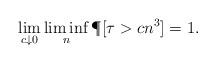
LaTeX: \begin{align*}\lim_{c \downarrow 0} \liminf_n \P[\tau >cn^3] = 1.\end{align*}